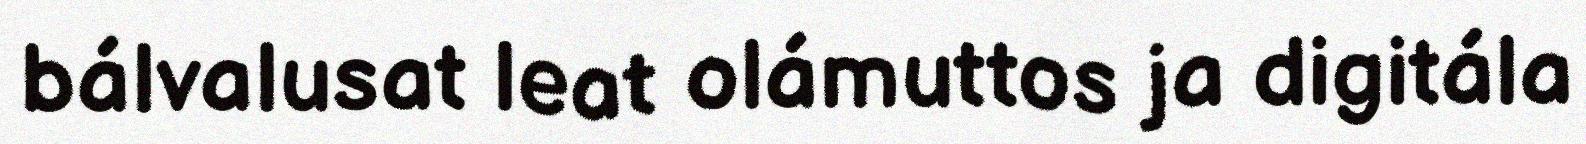
bálvalusat leat olámuttos ja digitála